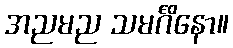
အညမည သမင်္ဂိနော။